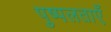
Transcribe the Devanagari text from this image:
पुष्पलताएँ